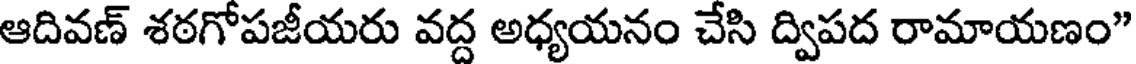
ఆదివణ్ శఠగోపజీయరు వద్ద అధ్యయనం చేసి ద్విపద రామాయణం"